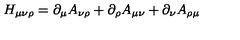
H _ { \mu \nu \rho } = \partial _ { \mu } A _ { \nu \rho } + \partial _ { \rho } A _ { \mu \nu } + \partial _ { \nu } A _ { \rho \mu }